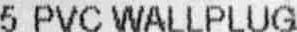
5 PVC WALLPLUG